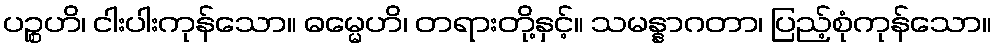
ပဉ္စဟိ၊ ငါးပါးကုန်သော။ ဓမ္မေဟိ၊ တရားတို့နှင့်။ သမန္နာဂတာ၊ ပြည့်စုံကုန်သော။